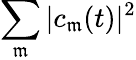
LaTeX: \sum_{\mathfrak{m}}|c_{\mathfrak{m}}(t)|^{2}